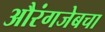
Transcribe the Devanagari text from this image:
औरंगजेबचा